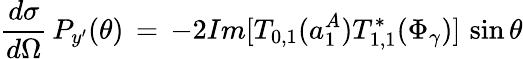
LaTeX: \frac{d\sigma}{d\Omega}\, P_{y^{\prime}}(\theta)\, =\, -2Im[T_{0,1}(a_{1}^{A})T_{1,1}^{*}(\Phi_{\gamma})]\, \sin\theta